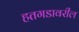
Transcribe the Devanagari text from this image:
हतगडावरील